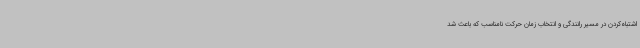
اشتباه‌کردن در مسیر رانندگی و انتخاب زمان حرکت نامناسب که باعث شد